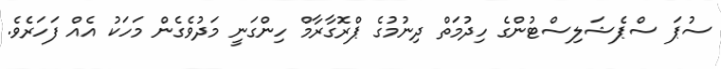
ސުޕަ ސްޕެޝަލިސްޓުންގެ ހިދުމަތް ދިނުމުގެ ޕްރޮގާރާމް ހިންގަނީ މަދުވެގެން މަހަކު އެއް ފަހަރެވެ.